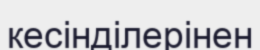
кесінділерінен